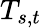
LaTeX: T_{s,t}